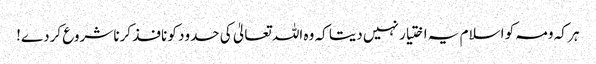
ہر کہ ومہ کو اسلام یہ اختیار نہیں دیتا کہ وہ اللہ تعالیٰ کی حدود کو نافذ کرنا شروع کردے!